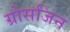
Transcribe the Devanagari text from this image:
ग्रोसजिन